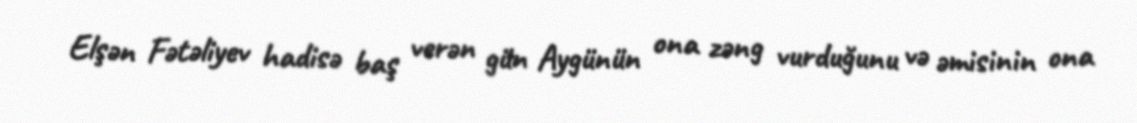
Elşən Fətəliyev hadisə baş verən gün Aygünün ona zəng vurduğunu və əmisinin ona